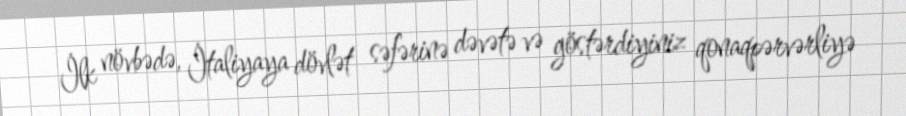
İlk növbədə, İtaliyaya dövlət səfərinə dəvətə və göstərdiyiniz qonaqpərvərliyə